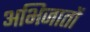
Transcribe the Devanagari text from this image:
अभिजातों